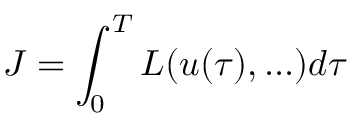
J = \int _ { 0 } ^ { T } L ( u ( \tau ) , . . . ) d \tau